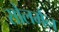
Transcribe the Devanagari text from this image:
सोलमैन